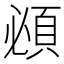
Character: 𬱂